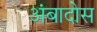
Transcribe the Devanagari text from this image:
अंबादोस